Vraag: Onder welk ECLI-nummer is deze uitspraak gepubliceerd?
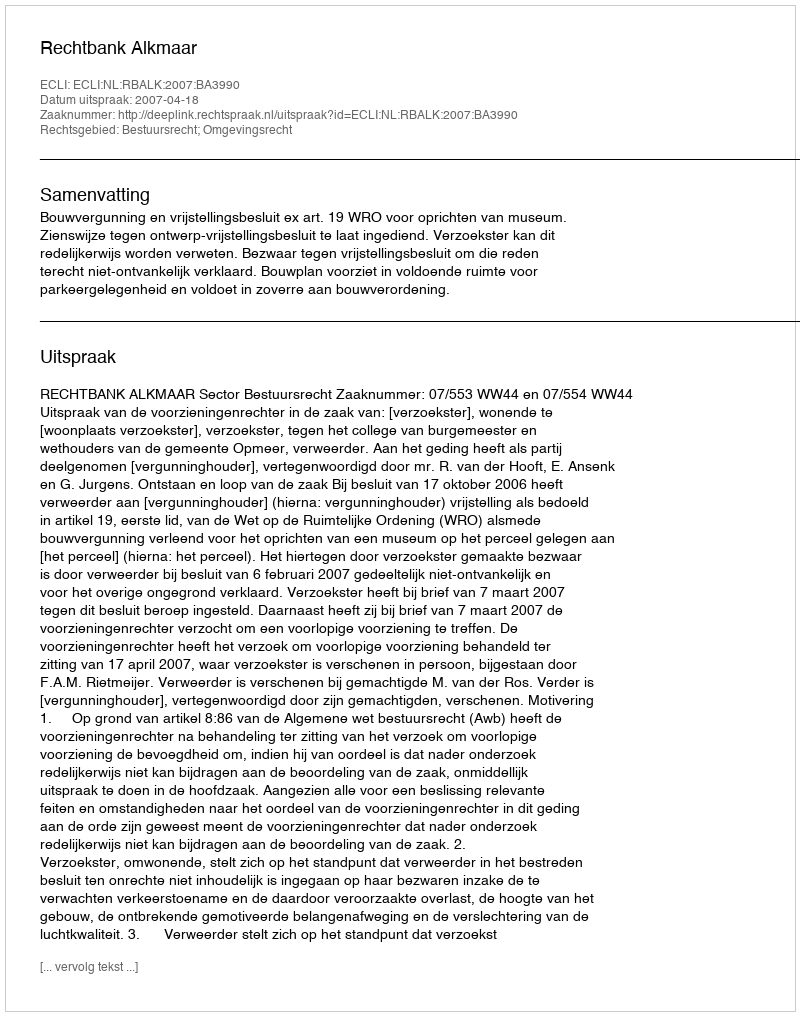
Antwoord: ECLI:NL:RBALK:2007:BA3990